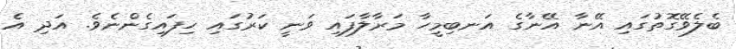
ބެލެވޭގޮތުގައި އޭނާ އޭނާގެ އަނބިމީހާ މަރާލާފައި ވަނީ ކަރުގައި ހިފައިގެންނެވެ. އަދި އެ